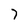
Character: 7